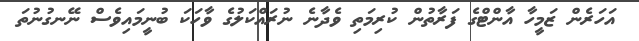
އަހަރެން ޒަމީހާ އާންޓްގެ ފަރާތުން ކުރިމަތި ވެދާނެ ނުރައްކަލުގެ ވާހަކަ ބުނީމައިވެސް ނޭނގުނުތަ